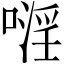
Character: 𠽍